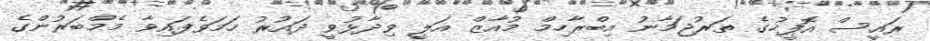
ރައީސް އޮފީހުގެ ތަރުޖަމާނު އިބްރާހިމް މުއާޒް އަލީ ވިދާޅުވީ ދައުރު ހަމަވެފައިވާ މެމްބަރުންގެ